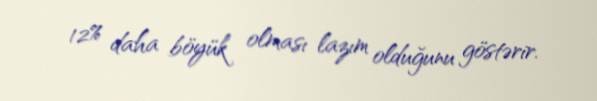
12% daha böyük olması lazım olduğunu göstərir.